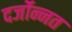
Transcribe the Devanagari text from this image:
दर्जोन्नत